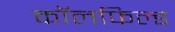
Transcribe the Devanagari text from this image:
कॉलफिल्ड